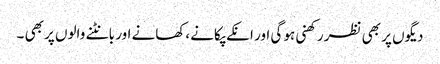
دیگوں پر بھی نظر رکھنی ہو گی اور انکے پکانے ،کھانے اور بانٹنے والوں پر بھی ۔